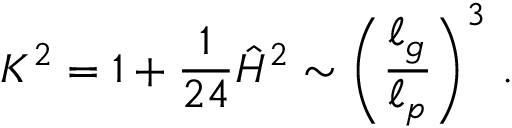
K ^ { 2 } = 1 + { \frac { 1 } { 2 4 } } \hat { \cal H } ^ { 2 } \sim \left( { \frac { \ell _ { g } } { \ell _ { p } } } \right) ^ { 3 } \, .